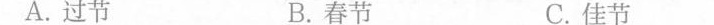
A.过节 B.春节 C.佳节